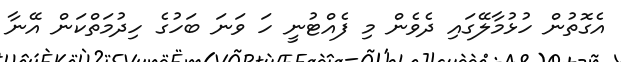
އެގޮތުން ހުޅުމާލޭގައި ދެވެން މި ފެއްޓުނީ ހަ ވަނަ ބަހުގެ ހިދުމަތްކަން އޭނާ